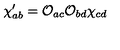
\chi _ { a b } ^ { \prime } = \mathcal { O } _ { a c } \mathcal { O } _ { b d } \chi _ { c d }